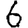
Digit: 6